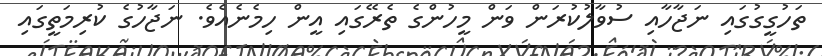
ތަހުގީގުގައި ނަޖާހާއި ސުވާލުކުރަން ވަން މީހުންގެ ތެރޭގައި އީން ހިމެނެއެވެ. ނަޖާހުގެ ކުރިމަތީގައި